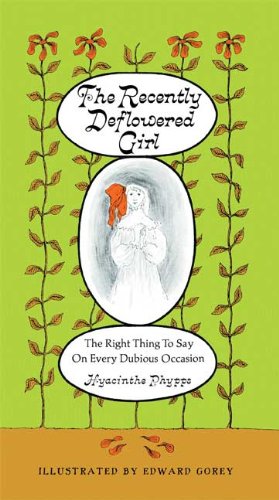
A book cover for The Recently Deflowered Girl: The Right Thing to Say on Every Dubious Occasion; Edward Gorey; Arts & Photography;